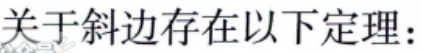
关于斜边存在以下定理：